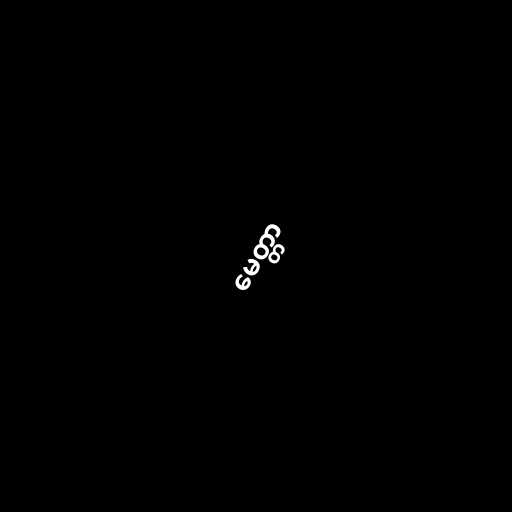
မေတ္တာ